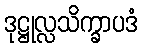
ဒုဋ္ဌုလ္လသိက္ခာပဒံ